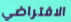
الافتراضي